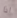
اذا